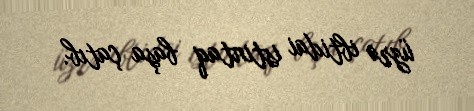
üzrə ibtidai istintaq başa çatıb.